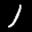
Label: 1